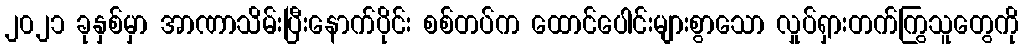
၂၀၂၁ ခုနှစ်မှာ အာဏာသိမ်းပြီးနောက်ပိုင်း စစ်တပ်က ထောင်ပေါင်းများစွာသော လှုပ်ရှားတက်ကြွသူတွေကို